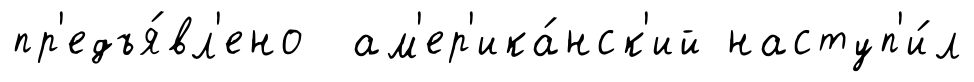
пр'едъя́вл'ено ам'ер'ика́нск'ий наступ'и́л